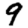
Digit: 9